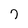
Character: 7